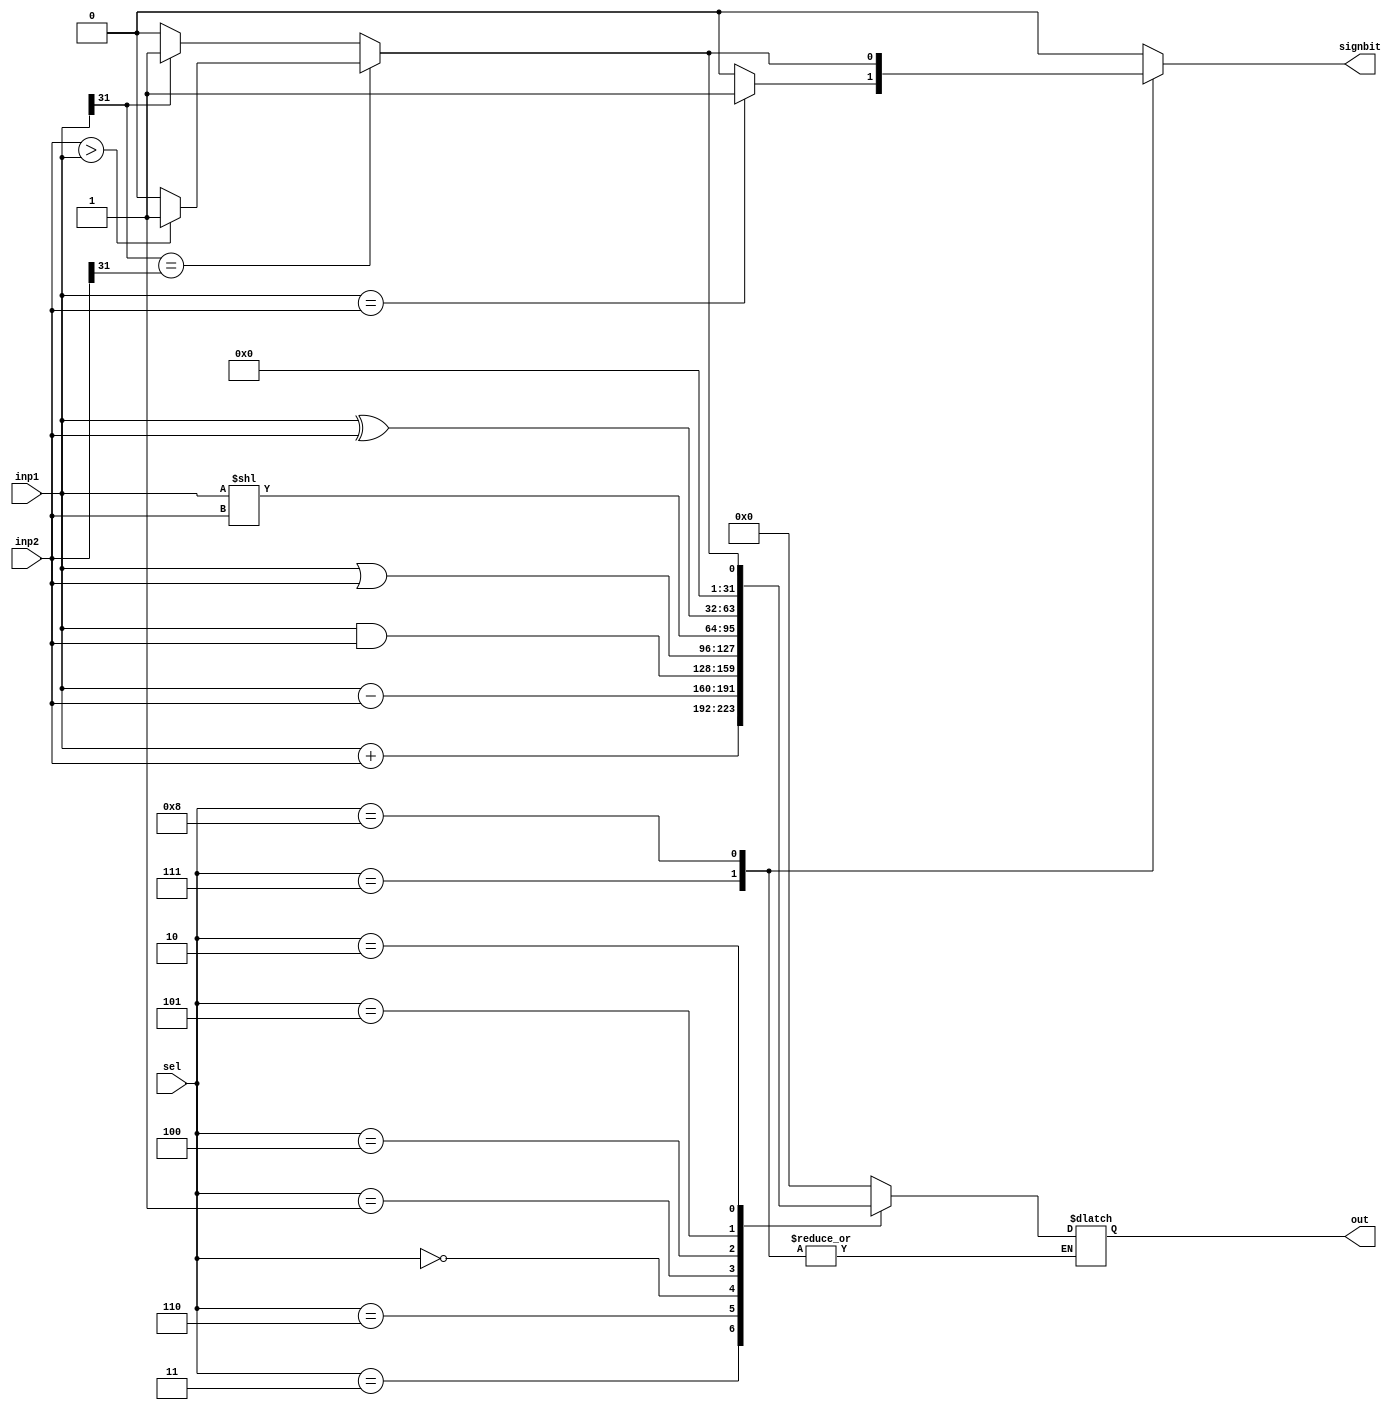
module  ALU(input [31:0] inp1 , inp2 , input [3:0] sel , output reg [31:0] out , output reg signbit);
    parameter [3:0]  
    A = 4'd3 , B = 4'd6 , C = 4'd0 , D = 4'd1 , E = 4'd4 , F = 4'd5 , G = 4'd2 , H =4'd7 , J = 4'd8;
    assign signbit = out[31];
    always@(inp1 , inp2,sel)begin
        signbit =0;
         case (sel)
            A:  out = inp1 + inp2;
            B: out = inp1-inp2;
            C: out = inp1 & inp2;
            D: out = inp1 | inp2;
            E: out = inp1 << inp2;
            F: out = inp1 ^ inp2;
            G: begin
                if( inp1[31] == inp2[31]) out = (inp2 > inp1) ? 32'd1 : 32'd0;
                else if(inp1[31] == 1) out = 32'd1;
                else out = 32'd0;
            end
            H: signbit = (inp1 == inp2) ? 1 : 0;
            J: begin
                if( inp1[31] == inp2[31]) signbit = (inp2 > inp1) ? 1 : 0;
                else if(inp1[31] == 1) signbit = 1;
                else signbit = 0;
            end
            default: 
                out = 32'b0;
         endcase   
    end

endmodule